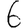
Digit: 6